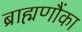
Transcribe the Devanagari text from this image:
ब्राह्मणौंका